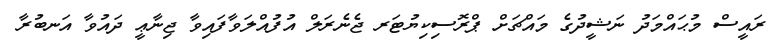
ރައީސް މުޙައްމަދު ނަޝީދުގެ މައްޗަށް ޕްރޮސިކިޔުޓަރ ޖެނެރަލް އުފުއްލަވާފައިވާ ޖިނާޢީ ދައުވާ އަނބުރާ